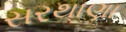
સરથાણા